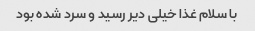
با سلام غذا خیلی دیر رسید و سرد شده بود